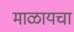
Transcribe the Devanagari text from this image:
माळायचा